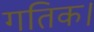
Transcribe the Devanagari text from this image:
गतिक।